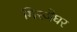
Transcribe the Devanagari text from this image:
गिरजेघर